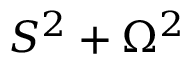
S ^ { 2 } + \Omega ^ { 2 }